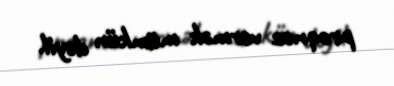
proqnoz vermək mümkün deyil.